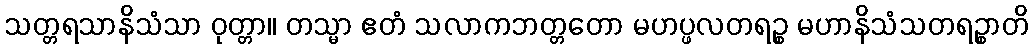
သတ္တရသာနိသံသာ ဝုတ္တာ။ တသ္မာ ဧတံ သလာကဘတ္တတော မဟပ္ဖလတရဉ္စ မဟာနိသံသတရဉ္စာတိ